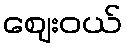
ဈေးဝယ်